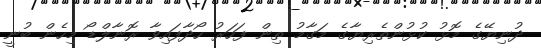
ދުނިޔޭގެ މޮޅު ކުޅުންތެރިޔާގެ މަގާމު ތިން ފަހަރު ހޯދާފައިވާ ރޮނާލްޑޯ މިހެން ބުނީ